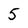
Character: 5